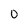
Character: O